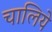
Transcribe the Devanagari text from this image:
चालिये